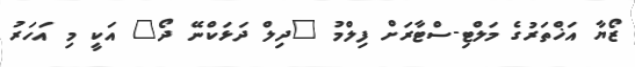
ޒޯޔާ އަޚްތަރުގެ މަލްޓި-ސްޓާރަށް ފިލްމު "ދިލް ދަޅަކްނޭ ދޯ" އަކީ މި އަހަރު